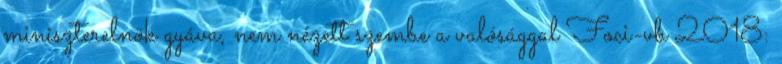
miniszterelnök gyáva, nem nézett szembe a valósággal Foci-vb 2018: